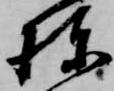
棟